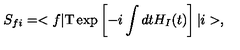
S _ { f i } = < f | \mathrm { T } \exp \left[ - i \int d t H _ { I } ( t ) \right] | i > ,